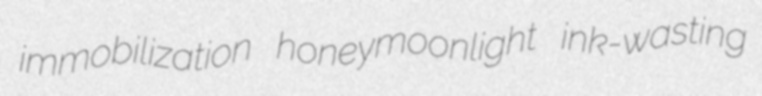
immobilization honeymoonlight ink-wasting